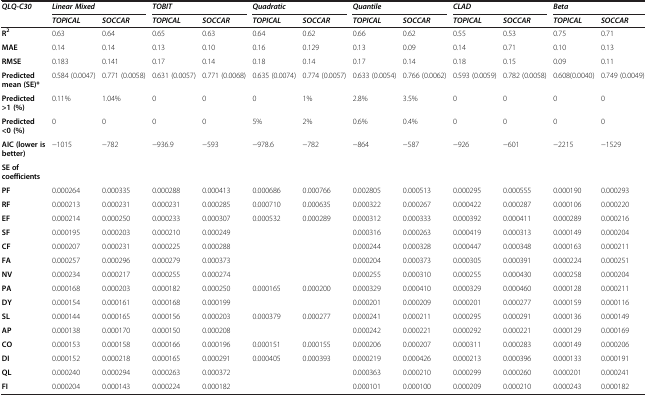
<table><thead><tr><td rowspan="2"><b><i>QLQ-C30</i></b></td><td colspan="2"><b><i>Linear Mixed</i></b></td><td colspan="2"><b><i>TOBIT</i></b></td><td colspan="2"><b><i>Quadratic</i></b></td><td colspan="2"><b><i>Quantile</i></b></td><td colspan="2"><b><i>CLAD</i></b></td><td colspan="2"><b><i>Beta</i></b></td></tr><tr><td><b><i>TOPICAL</i></b></td><td><b><i>SOCCAR</i></b></td><td><b><i>TOPICAL</i></b></td><td><b><i>SOCCAR</i></b></td><td><b><i>TOPICAL</i></b></td><td><b><i>SOCCAR</i></b></td><td><b><i>TOPICAL</i></b></td><td><b><i>SOCCAR</i></b></td><td><b><i>TOPICAL</i></b></td><td><b><i>SOCCAR</i></b></td><td><b><i>TOPICAL</i></b></td><td><b><i>SOCCAR</i></b></td></tr></thead><tbody><tr><td><b>R</b><sup><b>2</b></sup></td><td>0.63</td><td>0.64</td><td>0.65</td><td>0.63</td><td>0.64</td><td>0.62</td><td>0.66</td><td>0.62</td><td>0.55</td><td>0.53</td><td>0.75</td><td>0.71</td></tr><tr><td><b>MAE</b></td><td>0.14</td><td>0.14</td><td>0.13</td><td>0.10</td><td>0.16</td><td>0.129</td><td>0.13</td><td>0.09</td><td>0.14</td><td>0.71</td><td>0.10</td><td>0.13</td></tr><tr><td><b>RMSE</b></td><td>0.183</td><td>0.141</td><td>0.17</td><td>0.14</td><td>0.18</td><td>0.14</td><td>0.17</td><td>0.14</td><td>0.18</td><td>0.15</td><td>0.09</td><td>0.11</td></tr><tr><td><b>Predicted mean (SE)*</b></td><td>0.584 (0.0047)</td><td>0.771 (0.0058)</td><td>0.631 (0.0057)</td><td>0.771 (0.0068)</td><td>0.635 (0.0074)</td><td>0.774 (0.0057)</td><td>0.633 (0.0054)</td><td>0.766 (0.0062)</td><td>0.593 (0.0059)</td><td>0.782 (0.0058)</td><td>0.608(0.0040)</td><td>0.749 (0.0049)</td></tr><tr><td><b>Predicted &gt;1 (%)</b></td><td>0.11%</td><td>1.04%</td><td>0</td><td>0</td><td>0</td><td>1%</td><td>2.8%</td><td>3.5%</td><td>0</td><td>0</td><td>0</td><td>0</td></tr><tr><td><b>Predicted &lt;0 (%)</b></td><td>0</td><td>0</td><td>0</td><td>0</td><td>5%</td><td>2%</td><td>0.6%</td><td>0.4%</td><td>0</td><td>0</td><td>0</td><td>0</td></tr><tr><td><b>AIC (lower is better)</b></td><td>−1015</td><td>−782</td><td>−936.9</td><td>−593</td><td>−978.6</td><td>−782</td><td>−864</td><td>−587</td><td>−926</td><td>−601</td><td>−2215</td><td>−1529</td></tr><tr><td><b>SE of coefficients</b></td><td></td><td></td><td></td><td></td><td></td><td></td><td></td><td></td><td></td><td></td><td></td><td></td></tr><tr><td><b>PF</b></td><td>0.000264</td><td>0.000335</td><td>0.000288</td><td>0.000413</td><td>0.000686</td><td>0.000766</td><td>0.002805</td><td>0.000513</td><td>0.000295</td><td>0.000555</td><td>0.000190</td><td>0.000293</td></tr><tr><td><b>RF</b></td><td>0.000213</td><td>0.000231</td><td>0.000231</td><td>0.000285</td><td>0.000710</td><td>0.000635</td><td>0.000322</td><td>0.000267</td><td>0.000422</td><td>0.000287</td><td>0.000106</td><td>0.000220</td></tr><tr><td><b>EF</b></td><td>0.000214</td><td>0.000250</td><td>0.000233</td><td>0.000307</td><td>0.000532</td><td>0.000289</td><td>0.000312</td><td>0.000333</td><td>0.000392</td><td>0.000411</td><td>0.000289</td><td>0.000216</td></tr><tr><td><b>SF</b></td><td>0.000195</td><td>0.000203</td><td>0.000210</td><td>0.000249</td><td></td><td></td><td>0.000316</td><td>0.000263</td><td>0.000419</td><td>0.000313</td><td>0.000149</td><td>0.000204</td></tr><tr><td><b>CF</b></td><td>0.000207</td><td>0.000231</td><td>0.000225</td><td>0.000288</td><td></td><td></td><td>0.000244</td><td>0.000328</td><td>0.000447</td><td>0.000348</td><td>0.000163</td><td>0.000211</td></tr><tr><td><b>FA</b></td><td>0.000257</td><td>0.000296</td><td>0.000279</td><td>0.000373</td><td></td><td></td><td>0.000204</td><td>0.000373</td><td>0.000305</td><td>0.000391</td><td>0.000224</td><td>0.000251</td></tr><tr><td><b>NV</b></td><td>0.000234</td><td>0.000217</td><td>0.000255</td><td>0.000274</td><td></td><td></td><td>0.000255</td><td>0.000310</td><td>0.000255</td><td>0.000430</td><td>0.000258</td><td>0.000204</td></tr><tr><td><b>PA</b></td><td>0.000168</td><td>0.000203</td><td>0.000182</td><td>0.000250</td><td>0.000165</td><td>0.000200</td><td>0.000329</td><td>0.000410</td><td>0.000329</td><td>0.000460</td><td>0.000128</td><td>0.000211</td></tr><tr><td><b>DY</b></td><td>0.000154</td><td>0.000161</td><td>0.000168</td><td>0.000199</td><td></td><td></td><td>0.000201</td><td>0.000209</td><td>0.000201</td><td>0.000277</td><td>0.000159</td><td>0.000116</td></tr><tr><td><b>SL</b></td><td>0.000144</td><td>0.000165</td><td>0.000156</td><td>0.000203</td><td>0.000379</td><td>0.000277</td><td>0.000241</td><td>0.000211</td><td>0.000295</td><td>0.000291</td><td>0.000136</td><td>0.000149</td></tr><tr><td><b>AP</b></td><td>0.000138</td><td>0.000170</td><td>0.000150</td><td>0.000208</td><td></td><td></td><td>0.000242</td><td>0.000221</td><td>0.000292</td><td>0.000221</td><td>0.000129</td><td>0.000169</td></tr><tr><td><b>CO</b></td><td>0.000153</td><td>0.000158</td><td>0.000166</td><td>0.000196</td><td>0.000151</td><td>0.000155</td><td>0.000206</td><td>0.000207</td><td>0.000311</td><td>0.000283</td><td>0.000149</td><td>0.000206</td></tr><tr><td><b>DI</b></td><td>0.000152</td><td>0.000218</td><td>0.000165</td><td>0.000291</td><td>0.000405</td><td>0.000393</td><td>0.000219</td><td>0.000426</td><td>0.000213</td><td>0.000396</td><td>0.000133</td><td>0.000191</td></tr><tr><td><b>QL</b></td><td>0.000240</td><td>0.000294</td><td>0.000263</td><td>0.000372</td><td></td><td></td><td>0.000363</td><td>0.000210</td><td>0.000299</td><td>0.000260</td><td>0.000201</td><td>0.000241</td></tr><tr><td><b>FI</b></td><td>0.000204</td><td>0.000143</td><td>0.000224</td><td>0.000182</td><td></td><td></td><td>0.000101</td><td>0.000100</td><td>0.000209</td><td>0.000210</td><td>0.000243</td><td>0.000182</td></tr></tbody></table>